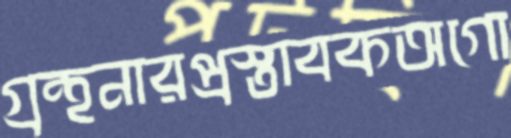
গ্রন্থনারপ্রস্তাবকঅগো